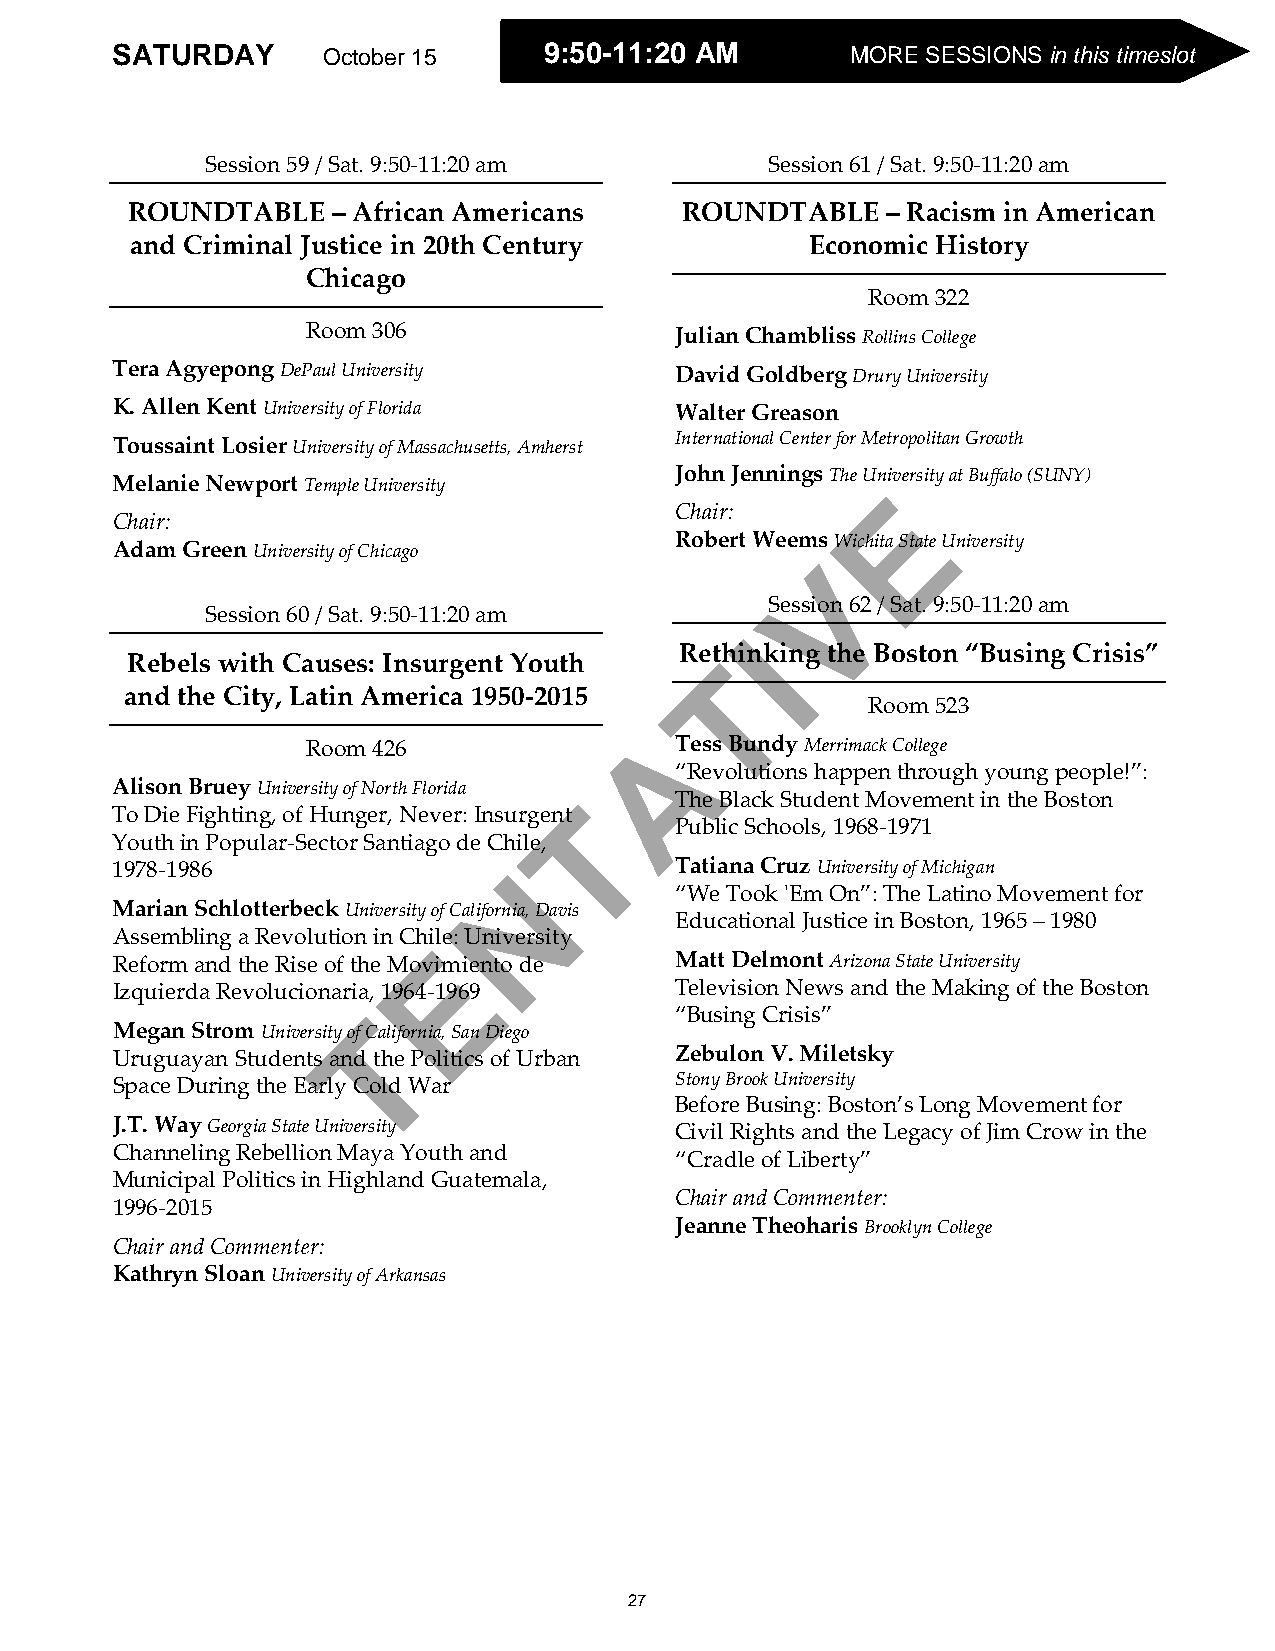
SATURDAY      October 15     99::5500--1111::2200 AAMM OMcOtoRbEe rS 1E5S S I O SNAST inU tRhisD tiAmYes lot
 Session 59 / Sat. 9:50-11:20 am      Session 61 / Sat. 9:50-11:20 am
 ROUNDTABLE    – African Americans    ROUNDTABLE    – Racism in American
 and Criminal Justice in 20th Century         Economic History
 Chicago
 Room 322
 Room 306                 Julian Chambliss Rollins College
 Tera Agyepong DePaul University       David Goldberg Drury University
 K. Allen Kent University of Florida   Walter Greason
 Toussaint Losier University of Massachusetts, Amherst International Center for Metropolitan Growth
 John Jennings The University at Buffalo (SUNY)
 Melanie Newport Temple University                   E
 Chair:
 Chair:
 Robert Weems Wichita State University
 Adam Green University of Chicago
 V
 Session 62 / Sat. 9:50-11:20 am
 Session 60 / Sat. 9:50-11:20 am
 I
 Rethinking the Boston “Busing Crisis”
 Rebels with Causes: Insurgent Youth    T
 and the City, Latin America 1950-2015
 Room 523
 A
 Room 426                 Tess Bundy Merrimack College
 “Revolutions happen through young people!”:
 Alison Bruey University of North Florida
 T      The Black Student Movement in the Boston
 To Die Fighting, of Hunger, Never: Insurgent
 Public Schools, 1968-1971
 Youth in Popular-Sector Santiago de Chile,
 1978-1986                  N          Tatiana Cruz University of Michigan
 “We Took 'Em On”: The Latino Movement for
 Marian Schlotterbeck University of California, Davis
 Educational Justice in Boston, 1965 – 1980
 Assembling a Revolution in Chile: University
 E
 Reform and the Rise of the Movimiento de Matt Delmont Arizona State University
 Izquierda Revolucionaria, 1964-1969   Television News and the Making of the Boston
 T                    “Busing Crisis”
 Megan Strom University of California, San Diego
 Uruguayan Students and the Politics of Urban Zebulon V. Miletsky
 Space During the Early Cold War       Stony Brook University
 Before Busing: Boston’s Long Movement for
 J.T. Way Georgia State University     Civil Rights and the Legacy of Jim Crow in the
 Channeling Rebellion Maya Youth and
 “Cradle of Liberty”
 Municipal Politics in Highland Guatemala,
 Chair and Commenter:
 1996-2015
 Jeanne Theoharis Brooklyn College
 Chair and Commenter:
 Kathryn Sloan University of Arkansas
 27